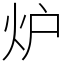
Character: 炉